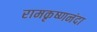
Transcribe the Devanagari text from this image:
रामकृष्णनंदा